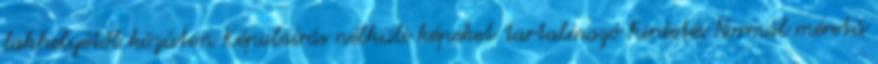
lakhelyétől közúton Képaláírás nélküli képeket tartalmazó hirdetés Normál méretű